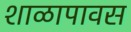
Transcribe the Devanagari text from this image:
शाळापावस